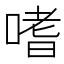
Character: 嗜